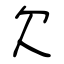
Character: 欠